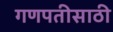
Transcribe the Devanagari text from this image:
गणपतीसाठी